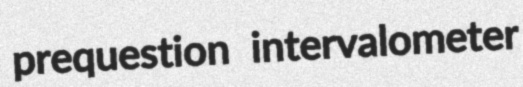
prequestion intervalometer